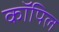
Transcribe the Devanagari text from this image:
कॉपिल